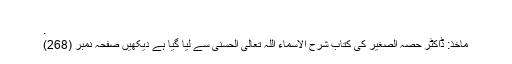
.
ماخذ: ڈاکٹر حصہ الصغیر کی کتاب شرح الاسماء اللہ تعالی الحسنی سے لیا گیا ہے دیکھیں صفحہ نمبر (268)